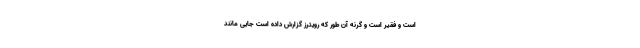
است و فقیر است و گرنه آن طور که رویترز گزارش داده است جایی مانند